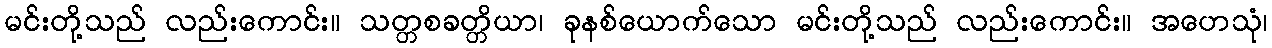
မင်းတို့သည် လည်းကောင်း။ သတ္တစခတ္တိယာ၊ ခုနစ်ယောက်သော မင်းတို့သည် လည်းကောင်း။ အဟေသုံ၊